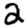
Digit: 2